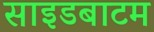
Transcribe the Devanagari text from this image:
साइडबाटम